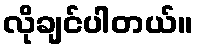
လိုချင်ပါတယ်။